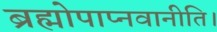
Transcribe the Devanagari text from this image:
ब्रह्मोपाप्नवानीति।